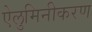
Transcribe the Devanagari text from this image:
ऐलुमिनीकरण